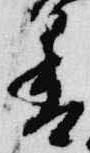
香